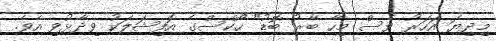
މިދިޔަ އަހަރު ވެސް މިހާ ބާރު ބޮޑު" ހޯކްސްގެ އޮފިޝަލަކު ވިދާޅުވި އެވެ.